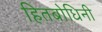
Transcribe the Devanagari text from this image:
हितबोधिनी